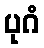
ပုဂံ